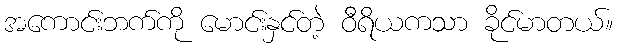
အကောင်းဘက်ကို မောင်းနှင်တဲ့ ဝီရိယကသာ ခိုင်မာတယ်။